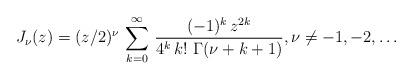
LaTeX: \begin{align*} J_\nu(z) = (z/2)^\nu\, \sum_{k=0}^\infty \, \frac{(-1)^k\, z^{2k}}{4^k\, k!\ \Gamma(\nu+k+1)}, \nu\neq -1,-2,\dots\end{align*}